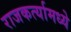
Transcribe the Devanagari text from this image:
राजकर्त्यामध्ये